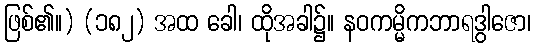
ဖြစ်၏။) (၁၈၂) အထ ခေါ၊ ထိုအခါ၌။ နဝကမ္မိကဘာရဒွါဇော၊